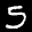
Label: 5